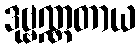
ဒုဗ္ဗဏ္ဏတာယ